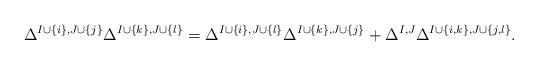
LaTeX: \begin{align*}\Delta^{I\cup\{i\},J\cup\{j\}}\Delta^{I\cup\{k\},J\cup\{l\}}=\Delta^{I\cup \{i\},J\cup\{l\}}\Delta^{I\cup\{k\},J\cup\{j\}}+\Delta^{I,J}\Delta^{I\cup\{i,k\},J\cup\{j,l\}}.\end{align*}